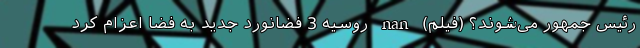
رئیس جمهور می‌شوند؟ (فیلم) nan روسیه 3 فضانورد جدید به فضا اعزام کرد